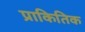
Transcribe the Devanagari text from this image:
प्राकितिक